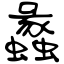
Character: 蠡